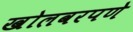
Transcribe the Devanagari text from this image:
खोलवरपणे